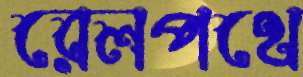
রেলপথে